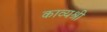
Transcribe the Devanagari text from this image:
काव्यश्री